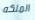
الملكه